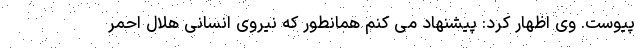
پیوست. وی اظهار کرد: پیشنهاد می کنم همانطور که نیروی انسانی هلال احمر